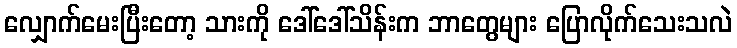
လျှောက်မေးပြီးတော့ သားကို ဒေါ်ဒေါ်သိန်းက ဘာတွေများ ပြောလိုက်သေးသလဲ